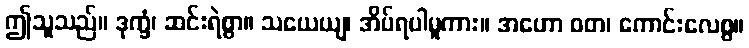
ဤသူသည်။ ဒုက္ခံ၊ ဆင်းရဲစွာ။ သယေယျ၊ အိပ်ရပါမူကား။ အဟော ဝတ၊ ကောင်းလေစွ။